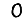
Digit: 0